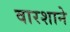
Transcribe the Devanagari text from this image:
वारशाने